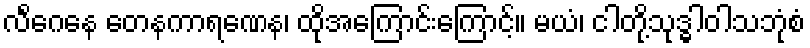
လိင်္ဂေနေ တေနကာရဏေန၊ ထိုအကြောင်းကြောင့်။ မယံ၊ ငါတို့သုဒ္ဓါဝါသဘုံစံ